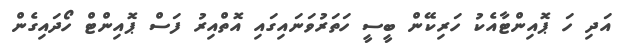
އަދި ހަ ޕޮއިންޓާއެކު ހަރިކޭން ބީސީ ހަތަރުވަނައިގައި އޮތްއިރު ފަސް ޕޮއިންޓް ހޯދައިގެން